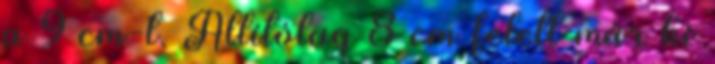
a 9 cm-t. Állítólag 8 cm felett már ki